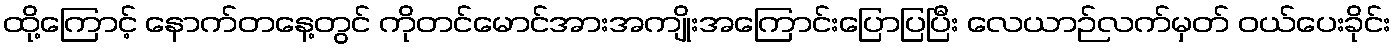
ထို့ကြောင့် နောက်တနေ့တွင် ကိုတင်မောင်အားအကျိုးအကြောင်းပြောပြပြီး လေယာဉ်လက်မှတ် ဝယ်ပေးခိုင်း